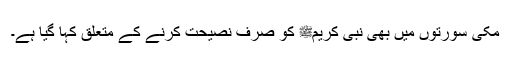
مکی سورتوں میں بھی نبی کریمﷺ کو صرف نصیحت کرنے کے متعلق کہا گیا ہے۔